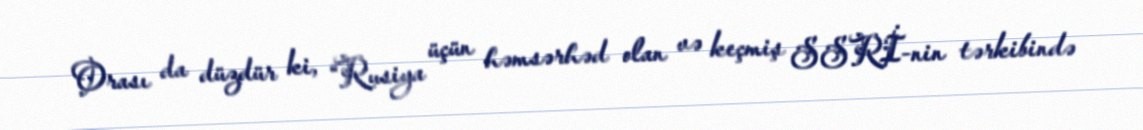
Orası da düzdür ki, “Rusiya üçün həmsərhəd olan və keçmiş SSRİ-nin tərkibində